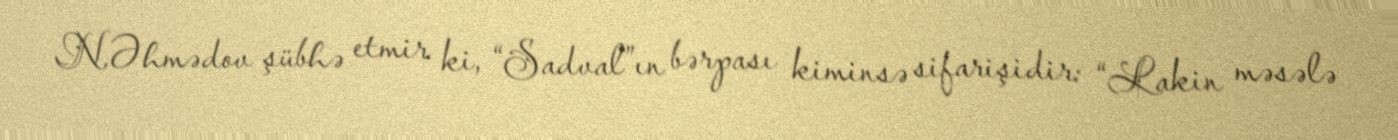
N.Əhmədov şübhə etmir ki, “Sadval”ın bərpası kiminsə sifarişidir: “Lakin məsələ